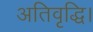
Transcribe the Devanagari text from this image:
अतिवृद्धि।